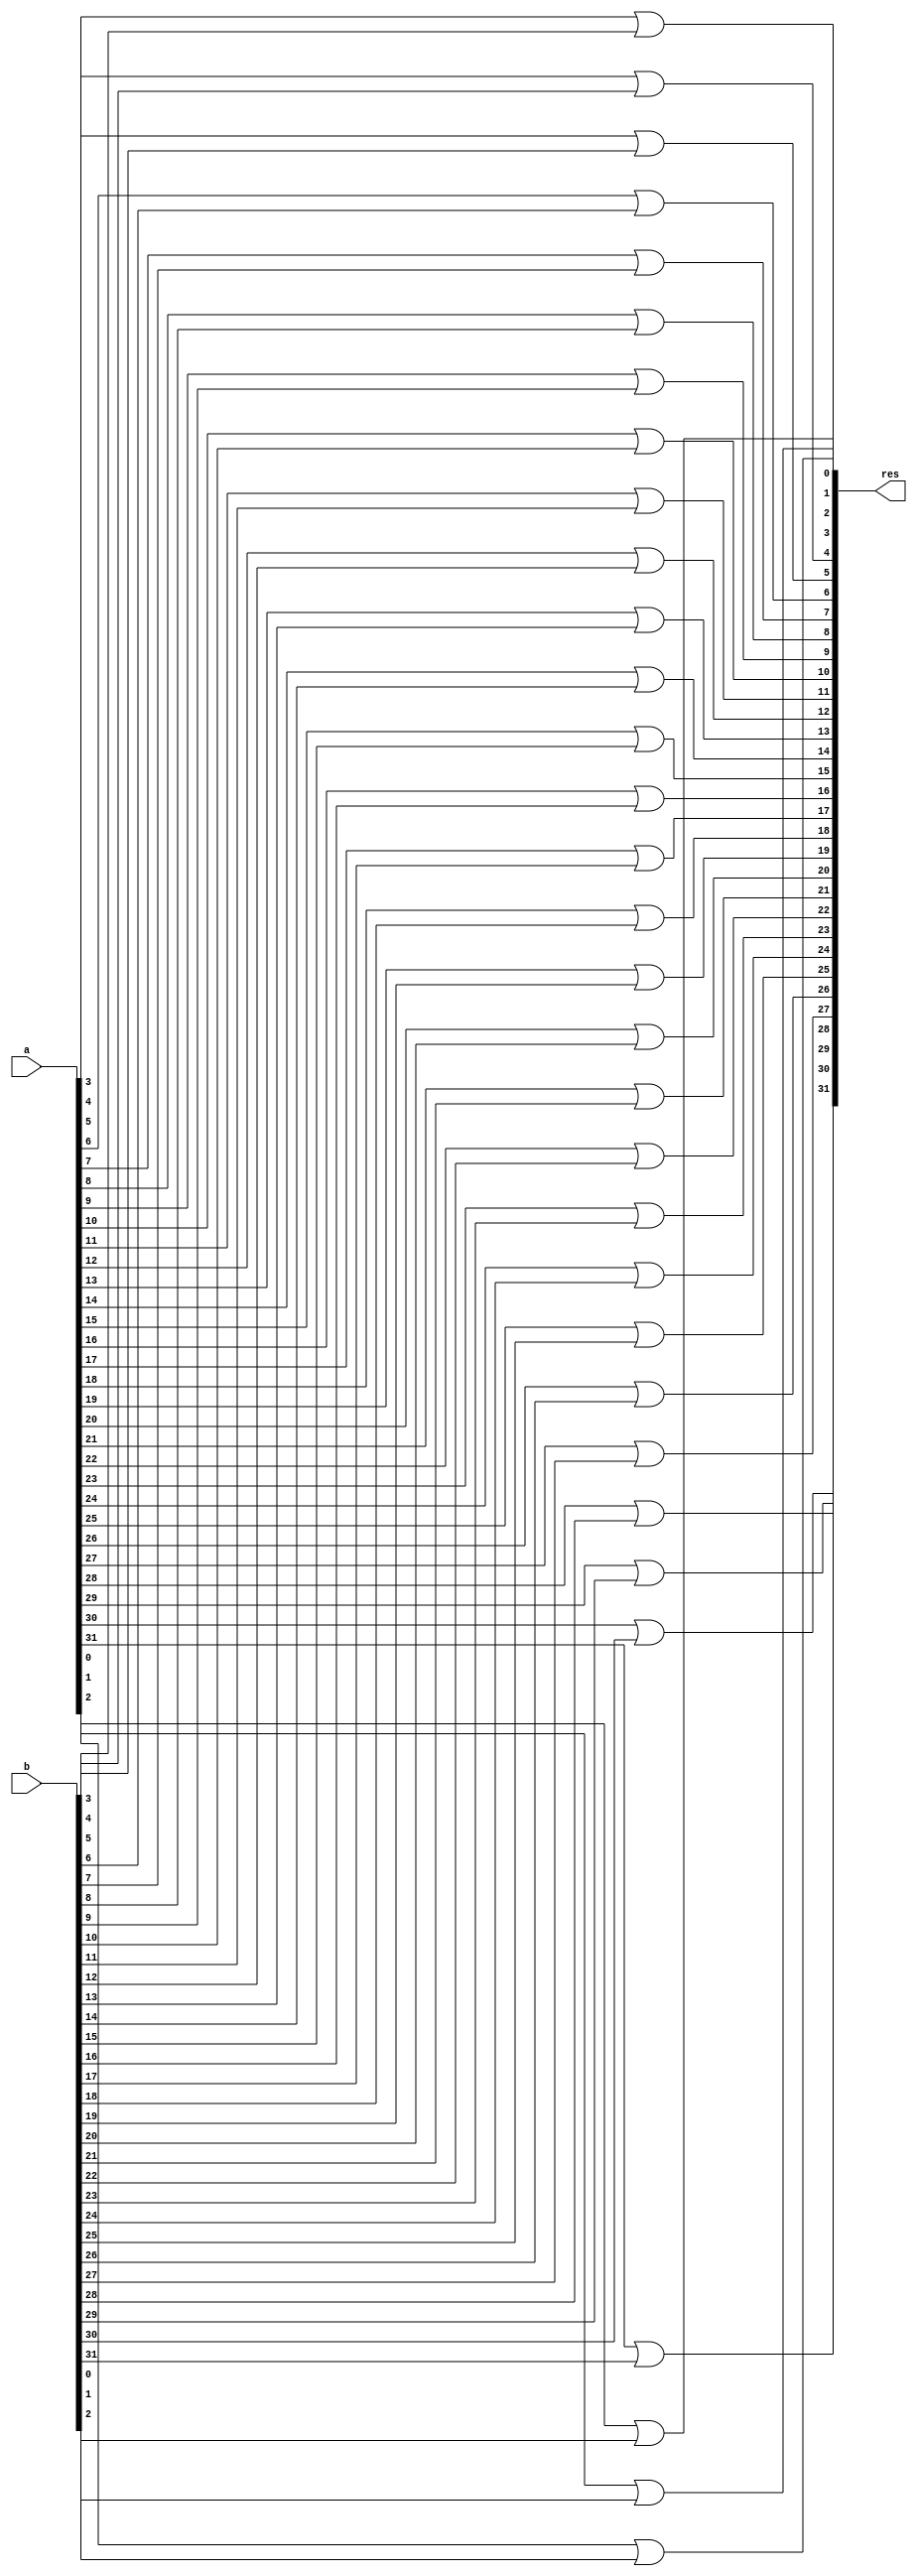
module or_operation (
	output [31:0] res, 
	input [31:0] a,
	input [31:0] b
);

or or0 (res[0], a[0], b[0]);
or or1 (res[1], a[1], b[1]);
or or2 (res[2], a[2], b[2]);
or or3 (res[3], a[3], b[3]);
or or4 (res[4], a[4], b[4]);
or or5 (res[5], a[5], b[5]);
or or6 (res[6], a[6], b[6]);
or or7 (res[7], a[7], b[7]);
or or8 (res[8], a[8], b[8]);
or or9 (res[9], a[9], b[9]);
or or10 (res[10], a[10], b[10]);
or or11 (res[11], a[11], b[11]);
or or12 (res[12], a[12], b[12]);
or or13 (res[13], a[13], b[13]);
or or14 (res[14], a[14], b[14]);
or or15 (res[15], a[15], b[15]);
or or16 (res[16], a[16], b[16]);
or or17 (res[17], a[17], b[17]);
or or18 (res[18], a[18], b[18]);
or or19 (res[19], a[19], b[19]);
or or20 (res[20], a[20], b[20]);
or or21 (res[21], a[21], b[21]);
or or22 (res[22], a[22], b[22]);
or or23 (res[23], a[23], b[23]);
or or24 (res[24], a[24], b[24]);
or or25 (res[25], a[25], b[25]);
or or26 (res[26], a[26], b[26]);
or or27 (res[27], a[27], b[27]);
or or28 (res[28], a[28], b[28]);
or or29 (res[29], a[29], b[29]);
or or30 (res[30], a[30], b[30]);
or or31 (res[31], a[31], b[31]);

endmodule